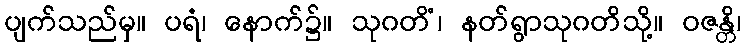
ပျက်သည်မှ။ ပရံ၊ နောက်၌။ သုဂတိံ၊ နတ်ရွာသုဂတိသို့။ ဝဇန္တိ၊